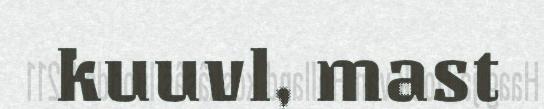
kuuvl, mast